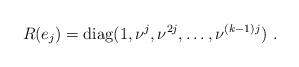
LaTeX: \begin{align*}R(e_j)={\rm diag}(1,\nu^j,\nu^{2j},\ldots,\nu^{(k-1)j})\,\, .\end{align*}